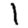
Digit: 1